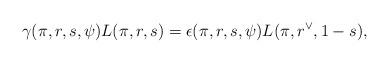
LaTeX: \begin{align*} \gamma(\pi, r, s, \psi) L(\pi, r, s) = \epsilon(\pi, r, s, \psi) L(\pi, r^\vee, 1-s),\end{align*}